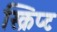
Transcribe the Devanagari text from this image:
स्क्रिप्‍ट